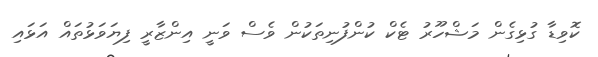
ކޮވިޑާ ގުޅިގެން މަޝްހޫރު ޓެކް ކުންފުނިތަކުން ވެސް ވަނީ އިންޒާރީ ފިޔަވަޅުތައް އަޅައި